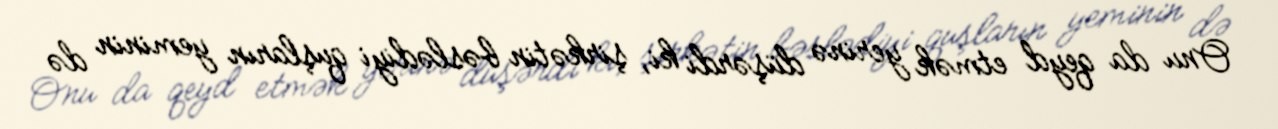
Onu da qeyd etmək yerinə düşərdi ki, şirkətin bəslədiyi quşların yeminin də